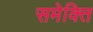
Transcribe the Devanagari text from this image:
समेक्ति